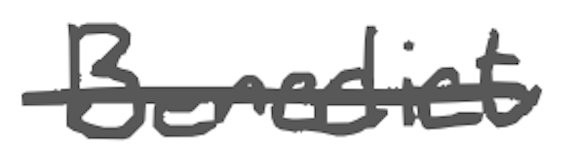
Text: Benedict
Cross-out: mix
Writing tool: digital_gray